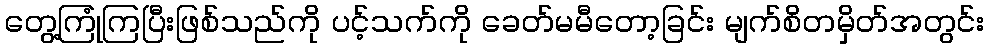
တွေ့ကြုံကြပြီးဖြစ်သည်ကို ပင့်သက်ကို ခေတ်မမီတော့ခြင်း မျက်စိတမှိတ်အတွင်း